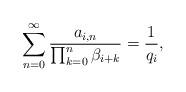
LaTeX: \begin{align*}\sum_{n=0}^\infty\frac{a_{i,n}}{\prod_{k=0}^n\beta_{i+k}}=\frac{1}{q_i},\end{align*}